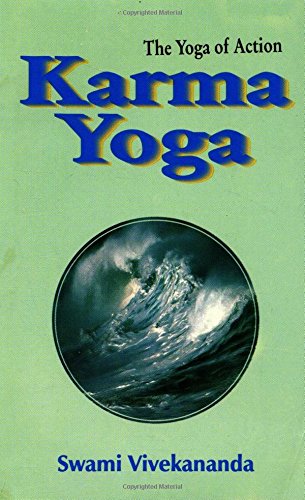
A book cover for Karma Yoga: the Yoga of Action; Swami Vivekananda; Religion & Spirituality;